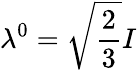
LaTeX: \lambda^{0}=\sqrt{\frac{2}{3}}I